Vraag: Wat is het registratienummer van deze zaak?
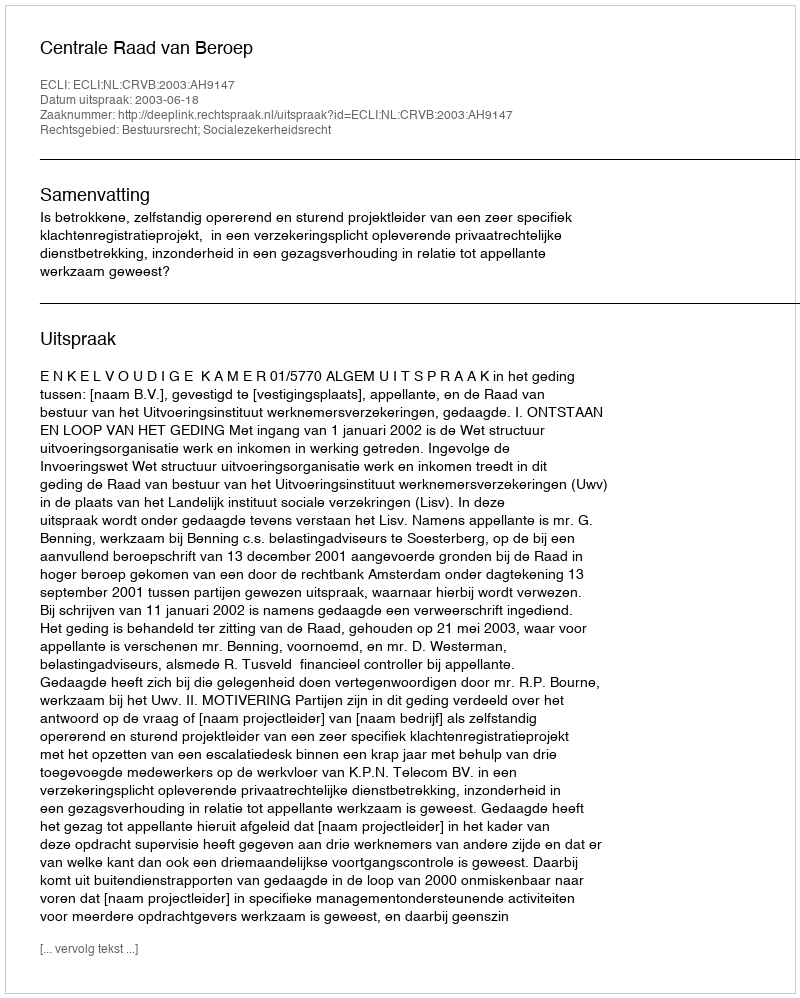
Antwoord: http://deeplink.rechtspraak.nl/uitspraak?id=ECLI:NL:CRVB:2003:AH9147